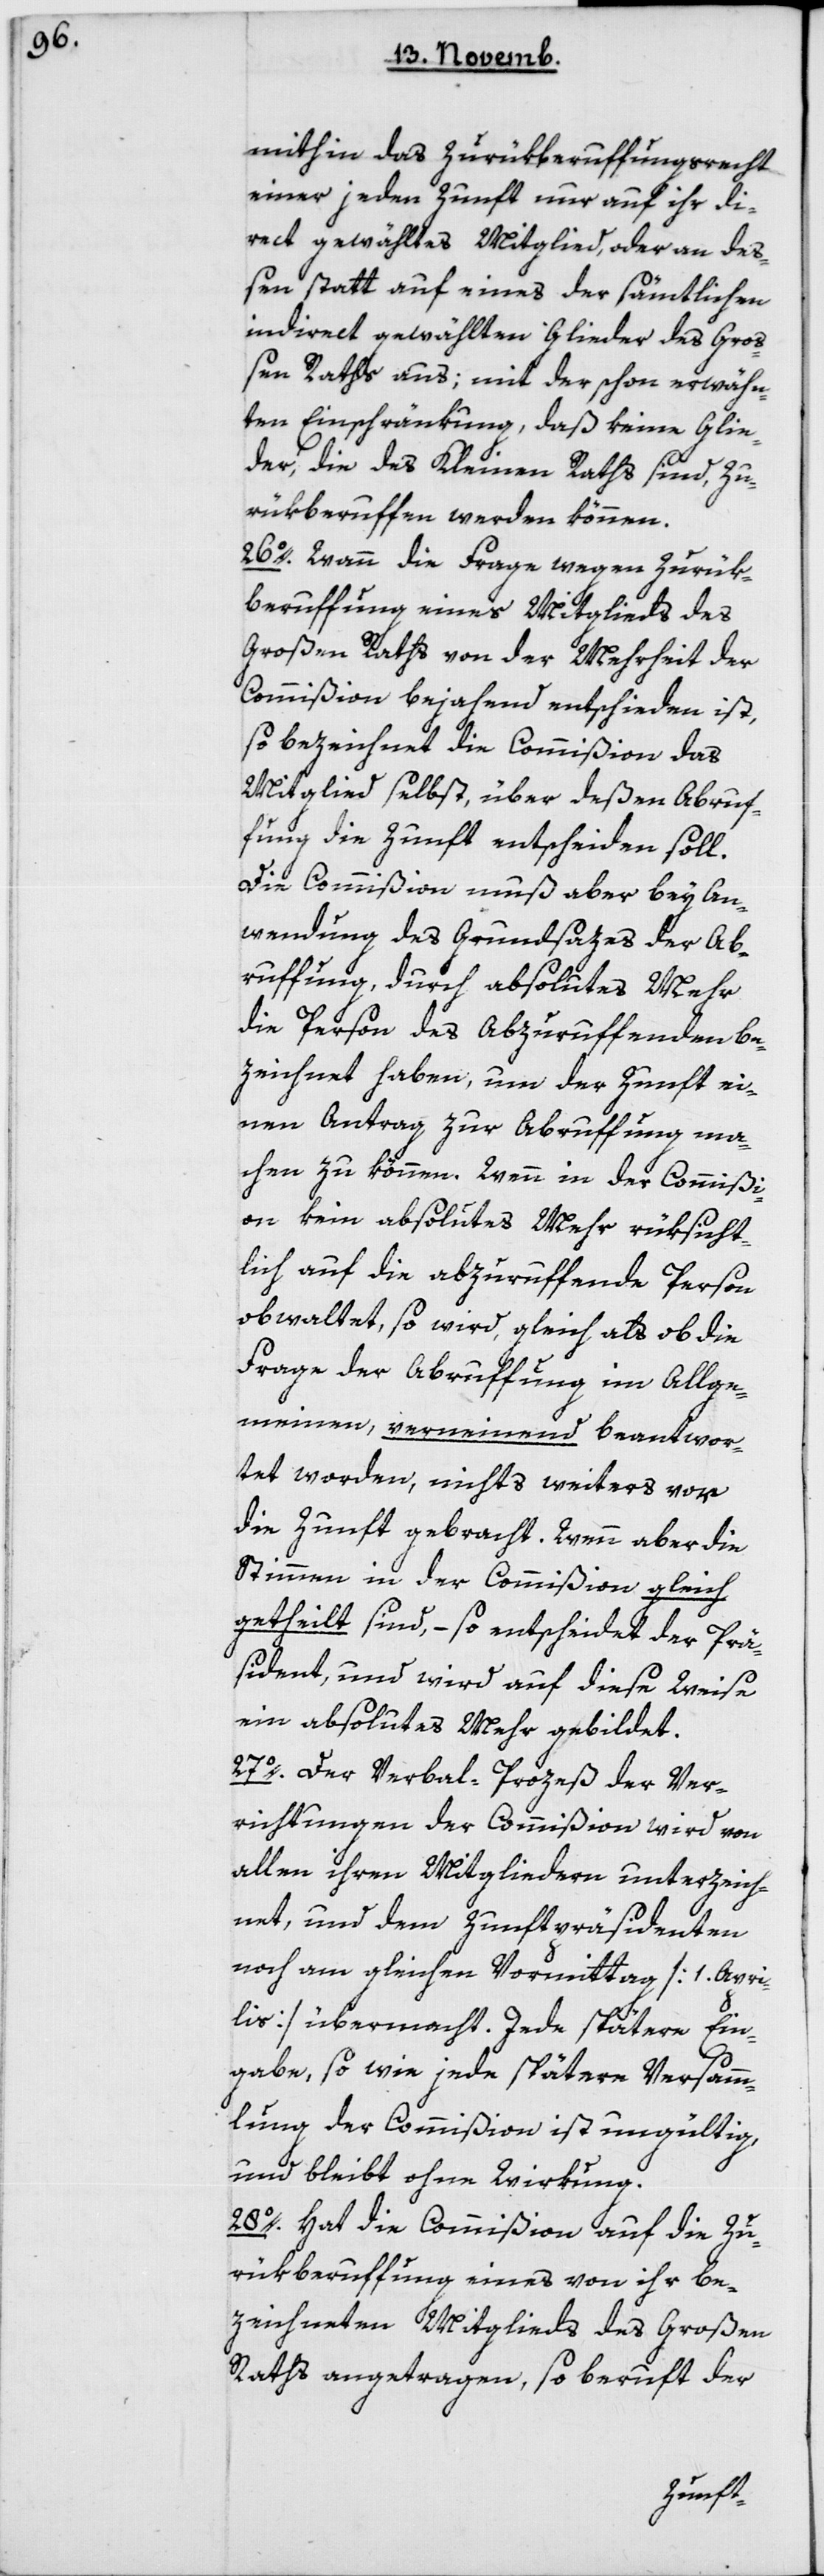
mithin das Zurükberuffungsrecht
einer jeden Zunft nur auf ihr di¬
rect gewähltes Mitglied, oder an de¬
ßen statt auf eines der sämmtlichen
indirect gewählten Glieder des Groß¬
en Raths aus; mit der schon erwähn¬
ten Einschränkung, daß keine Glie¬
der, die des Kleinen Raths sind, zu¬
rükberuffen werden können.
26. Wann die Frage wegen Zurük¬
beruffung eines Mitglieds des
Großen Raths von der Mehrheit der
Commißion bejahend entschieden ist,
so bezeichnet die Commißion das
Mitglied selbst, über deßen Abruf¬
fung die Zunft entscheiden soll.
Die Commißion muß aber bey An¬
wendung des Grundsazes der Ab¬
rufung durch absolutes Mehr
die Person des Abzuruffenden be¬
zeichnet haben, um der Zunft ei¬
nen Antrag zur Abruffung ma¬
chen zu können. Wenn in der Commißi¬
on kein absolutes Mehr rüksicht¬
lich auf die abzufruffende Person
obwaltet, so wird gleich als ob die
Frage der Abruffung im Allge¬
meinen, verneinend beantwor¬
tet worden, nichts weiters vor
die Zunft gebracht. Wenn aber die
Stimmen in der Commißion gleich
getheilt sind, – so entscheidet der Prä¬
sident, und wird auf diese Weise
ein absolutes Mehr gebildet.
27. Der Verbal-Prozeß der Ver¬
richtungen der Commißion wird von
allen ihren Mitgliedern unterzeich¬
net, und dem Zunftpräsidenten
noch am gleichen Vormittag [1ten Apri¬
lis] übermacht. Jede spätere Ein¬
gabe, so wie jede spätere Versamm¬
lung der Commißion ist ungültig
und bleibt ohne Wirkung.
28. Hat die Commißion auf die Zu¬
rükberuffung eines von ihr be¬
zeichneten Mitglieds des großen
Raths angetragen, so beruft der